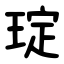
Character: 琔